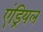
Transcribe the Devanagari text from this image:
एंड्रियल